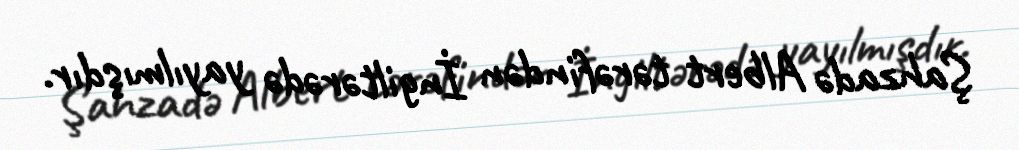
Şahzadə Albert tərəfindən İngiltərədə yayılmışdır.